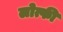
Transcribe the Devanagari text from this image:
लोत्फी